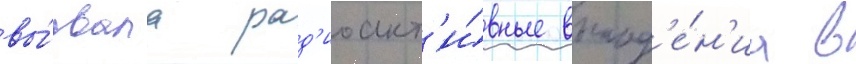
вы́звала рад'иоакт'и́вные выпад'е́н'иа в